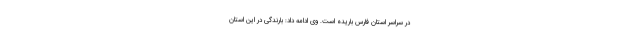
در سراسر استان فارس باریده است. وی ادامه داد: بارندگی در این استان